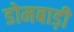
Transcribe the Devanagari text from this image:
डोमबाड़ी